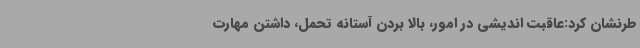
طرنشان کرد:عاقبت اندیشی در امور، بالا بردن آستانه تحمل، داشتن مهارت